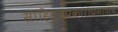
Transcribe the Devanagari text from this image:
साहित्यप्रकाराप्रमाणेच